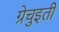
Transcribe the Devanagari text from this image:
ग्रेचुइती